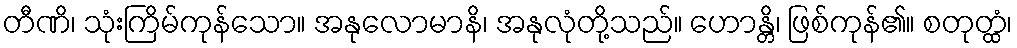
တီဏိ၊ သုံးကြိမ်ကုန်သော။ အနုလောမာနိ၊ အနုလုံတို့သည်။ ဟောန္တိ၊ ဖြစ်ကုန်၏။ စတုတ္ထံ၊